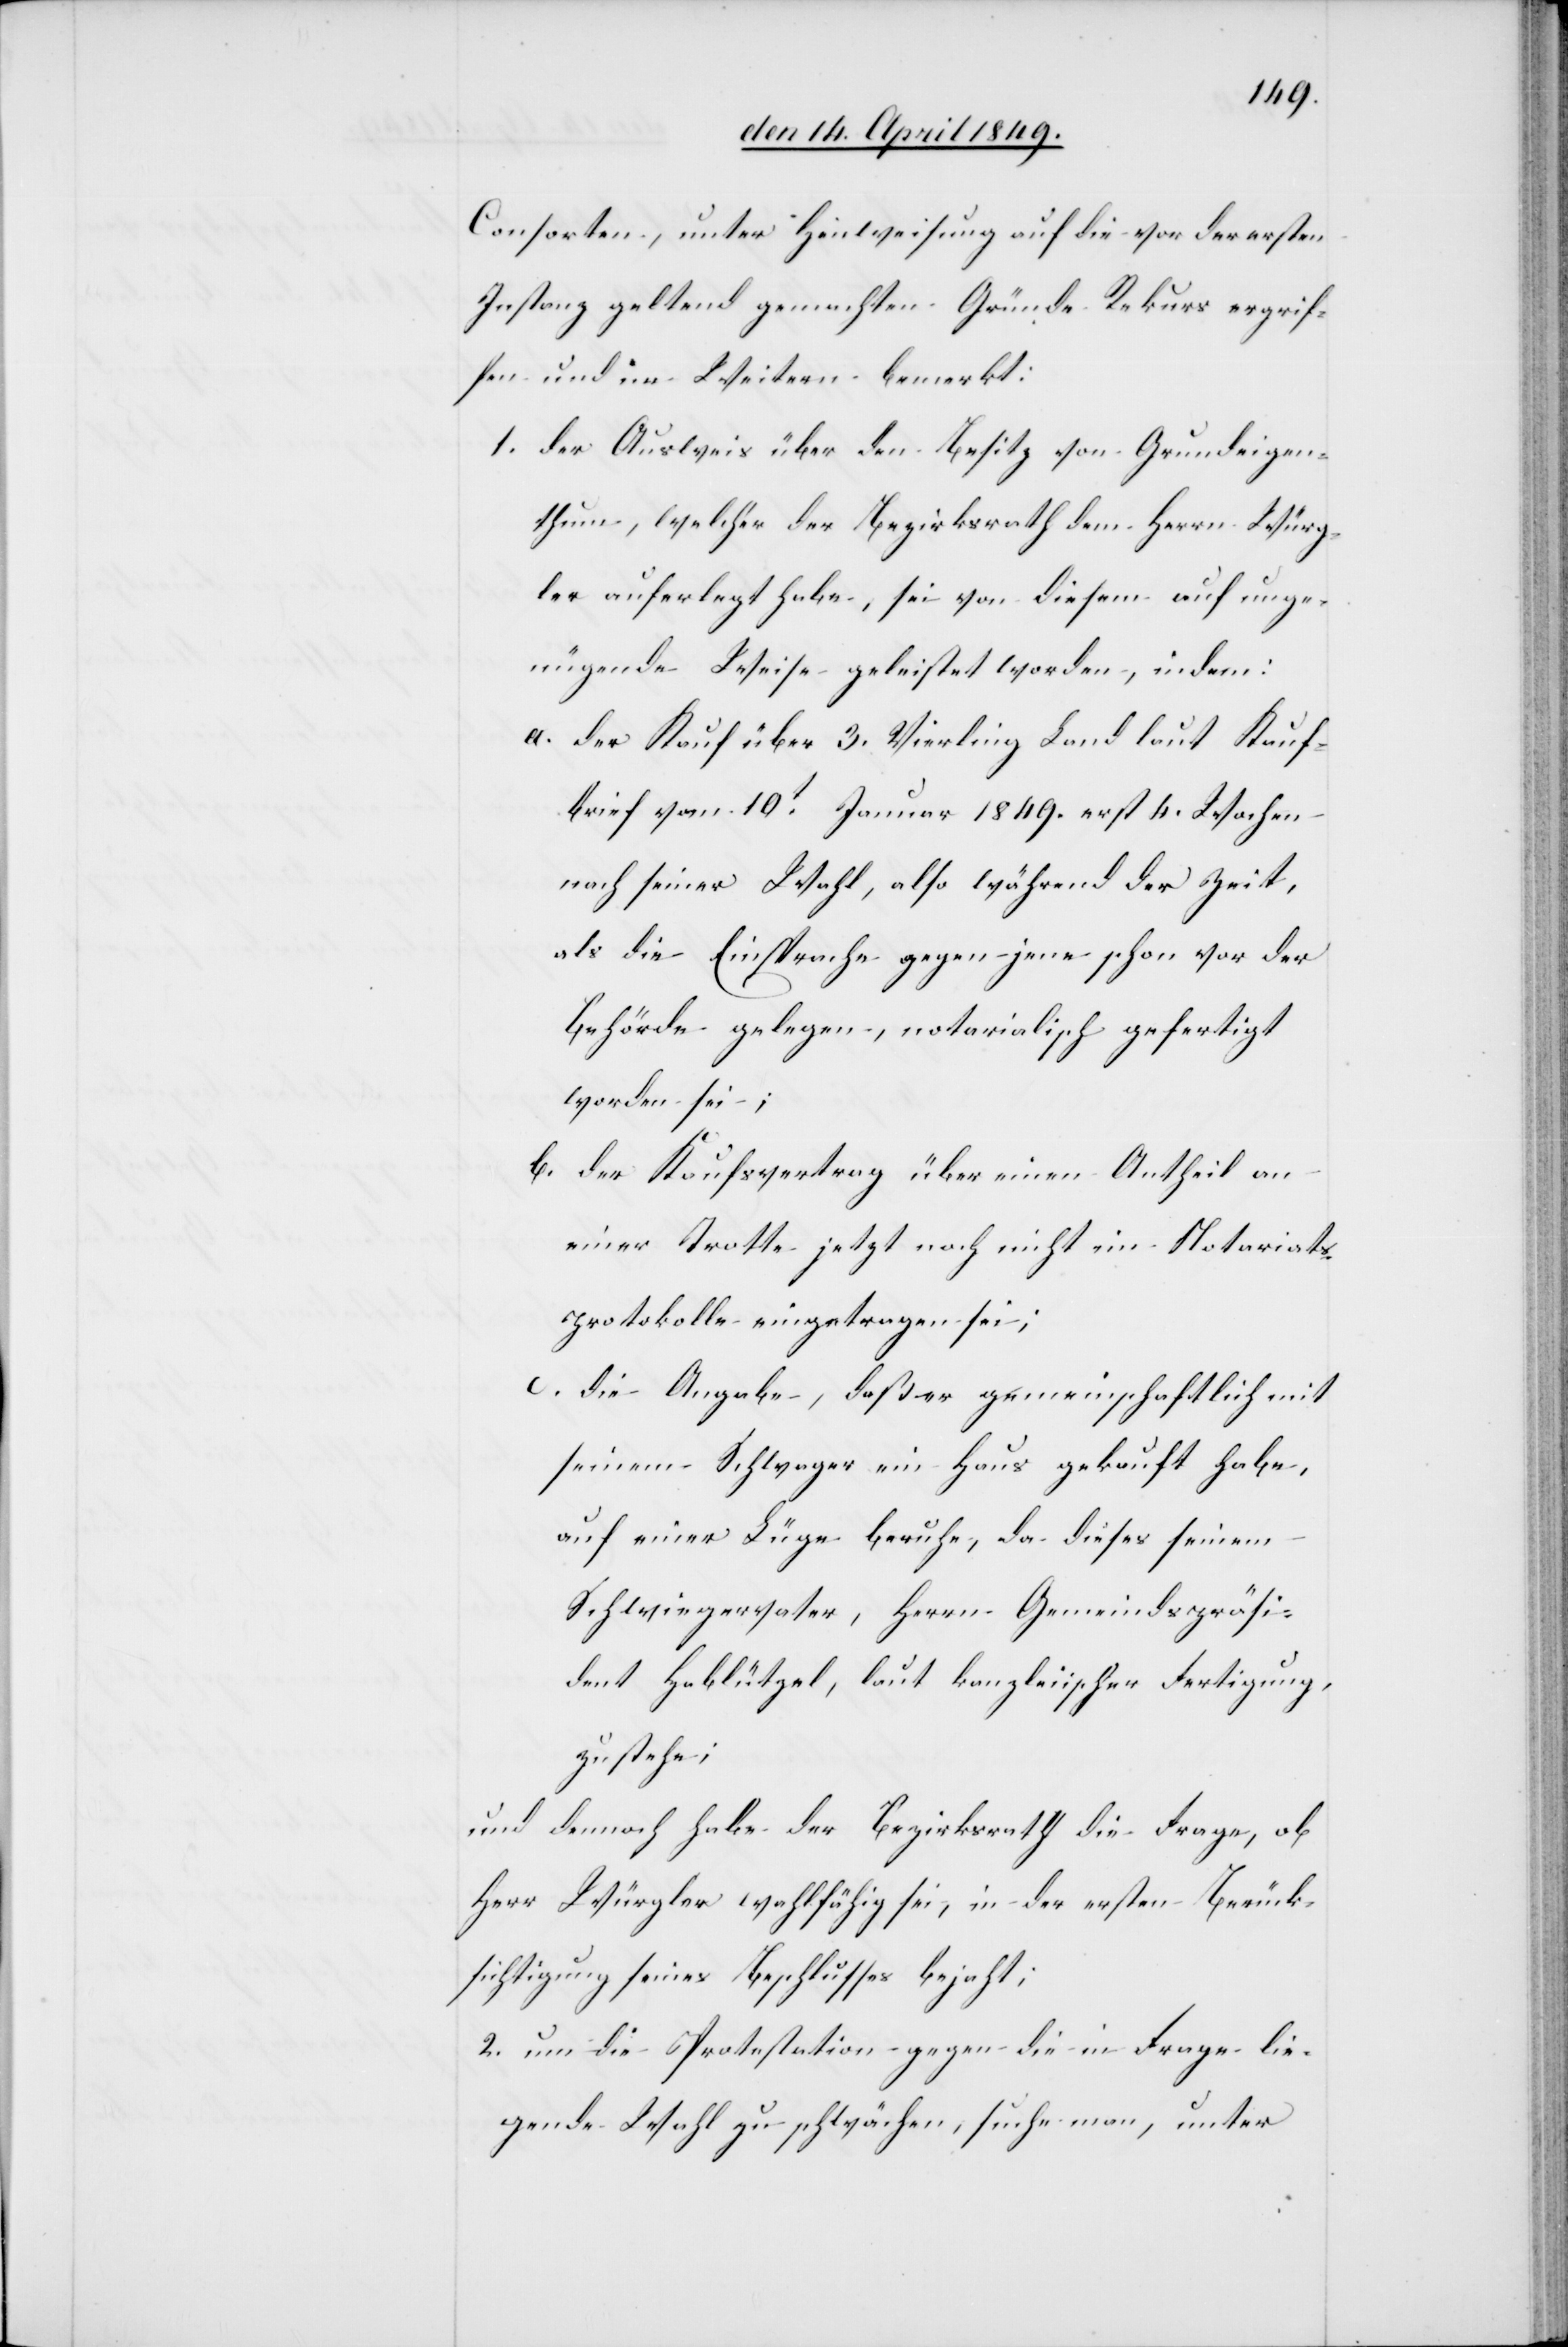
Consorten, unter Hinweisung auf die vor der ersten
Instanz geltend gemachten Gründe Rekurs ergrif¬
fen und im Weitern bemerkt:
1. der Ausweis über den Besitz von Grundeigen¬
thum, welcher der Bezirksrath dem Herrn Würg¬
ler auferlegt habe, sei von diesem auf unge¬
nügende Weise geleistet worden, indem:
a. 	der Kauf über 3. Vierling Land laut Kauf¬
brief von 10t Januar 1849. erst 4. Wochen
nach seiner Wahl, also während der Zeit,
als die Einsprache gegen jene schon vor der
Behörde gelegen, notarialisch gefertigt
worden sei;
b. 	der Kaufsvertrag über einen Antheil an
einer Trotte jetzt noch nicht im Notariats¬
protokolle eingetragen sei;
c. 	die Angabe, daß er gemeinschaftlich mit
seinem Schwager ein Haus gekauft habe,
auf einer Lüge beruhe, da dieses seinem
Schwiegervater, Herrn Gemeindspräsi¬
dent Hablützel, laut kanzleiischer Fertigung,
zustehe;
und dennoch habe der Bezirksrath die Frage, ob
Herr Würgler wahlfähig sei, in der ersten Berück¬
sichtigung seines Beschlusses bejaht;
2. um die Protestation gegen die in Frage lie¬
gende Wahl zu schwächen, suche man, unter